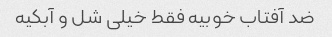
ضد آفتاب خوبیه فقط خیلی شل و آبکیه